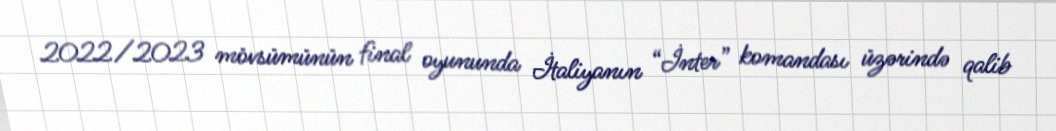
2022/2023 mövsümünün final oyununda İtaliyanın “İnter” komandası üzərində qalib